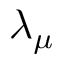
\lambda _ { \mu }